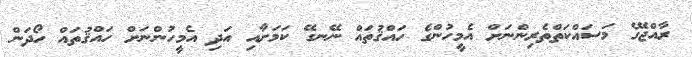
ރާއްޖޭގެ މަސައްކަތްތެރިންނަށް އެމީހުންގެ ހައްޤުތައް ނޭނގޭ ކަމަށާއި އަދި އެމީހުންނަށް ހައްޤުތައް ހޯދަން